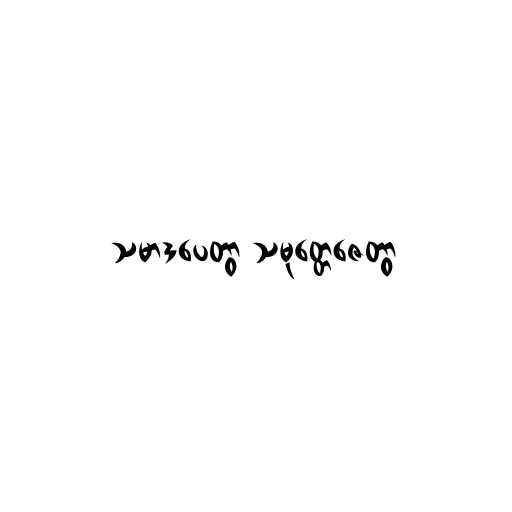
သမာဒပေတွာ သမုတ္တေဇေတွာ